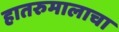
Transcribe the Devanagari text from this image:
हातरुमालाचा